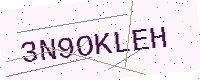
Text: 3N9OKLEH